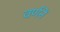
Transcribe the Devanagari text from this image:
वर्णनें